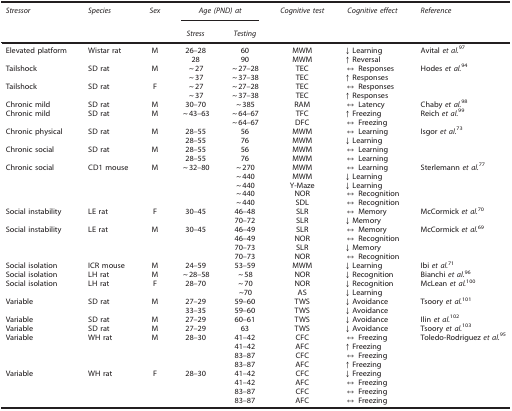
<table><thead><tr><td><b><i>Stressor</i></b></td><td><b><i>Species</i></b></td><td><b><i>Sex</i></b></td><td colspan="2"><b><i>Age (PND) at</i></b></td><td><b><i>Cognitive test</i></b></td><td><b><i>Cognitive effect</i></b></td><td><b><i>Reference</i></b></td></tr><tr><td><b> </b></td><td><b> </b></td><td><b> </b></td><td><b><i>Stress</i></b></td><td><b><i>Testing</i></b></td><td><b> </b></td><td><b> </b></td><td><b> </b></td></tr></thead><tbody><tr><td>Elevated platform</td><td>Wistar rat</td><td>M</td><td>26–28</td><td>60</td><td>MWM</td><td>↓ Learning</td><td>Avital <i>et al.</i><sup>97</sup></td></tr><tr><td> </td><td> </td><td> </td><td>28</td><td>90</td><td>MWM</td><td>↑ Reversal</td><td> </td></tr><tr><td>Tailshock</td><td>SD rat</td><td>M</td><td>~27</td><td>~27–28</td><td>TEC</td><td>↔ Responses</td><td>Hodes <i>et al.</i><sup>94</sup></td></tr><tr><td> </td><td> </td><td> </td><td>~37</td><td>~37–38</td><td>TEC</td><td>↑ Responses</td><td> </td></tr><tr><td>Tailshock</td><td>SD rat</td><td>F</td><td>~27</td><td>~27–28</td><td>TEC</td><td>↔ Responses</td><td> </td></tr><tr><td> </td><td> </td><td> </td><td>~37</td><td>~37–38</td><td>TEC</td><td>↑ Responses</td><td> </td></tr><tr><td>Chronic mild</td><td>SD rat</td><td>M</td><td>30–70</td><td>~385</td><td>RAM</td><td>↔ Latency</td><td>Chaby <i>et al.</i><sup>98</sup></td></tr><tr><td>Chronic mild</td><td>SD rat</td><td>M</td><td>~43–63</td><td>~64–67</td><td>TFC</td><td>↑ Freezing</td><td>Reich <i>et al.</i><sup>99</sup></td></tr><tr><td> </td><td> </td><td> </td><td> </td><td>~64–67</td><td>DFC</td><td>↔ Freezing</td><td> </td></tr><tr><td>Chronic physical</td><td>SD rat</td><td>M</td><td>28–55</td><td>56</td><td>MWM</td><td>↔ Learning</td><td>Isgor <i>et al.</i><sup>73</sup></td></tr><tr><td> </td><td> </td><td> </td><td>28–55</td><td>76</td><td>MWM</td><td>↓ Learning</td><td> </td></tr><tr><td>Chronic social</td><td>SD rat</td><td>M</td><td>28–55</td><td>56</td><td>MWM</td><td>↔ Learning</td><td> </td></tr><tr><td> </td><td> </td><td> </td><td>28–55</td><td>76</td><td>MWM</td><td>↔ Learning</td><td> </td></tr><tr><td>Chronic social</td><td>CD1 mouse</td><td>M</td><td>~32–80</td><td>~270</td><td>MWM</td><td>↔ Learning</td><td>Sterlemann <i>et al.</i><sup>77</sup></td></tr><tr><td> </td><td> </td><td> </td><td> </td><td>~440</td><td>MWM</td><td>↓ Learning</td><td> </td></tr><tr><td> </td><td> </td><td> </td><td> </td><td>~440</td><td>Y-Maze</td><td>↓ Learning</td><td> </td></tr><tr><td> </td><td> </td><td> </td><td> </td><td>~440</td><td>NOR</td><td>↔ Recognition</td><td> </td></tr><tr><td> </td><td> </td><td> </td><td> </td><td>~440</td><td>SDL</td><td>↔ Recognition</td><td> </td></tr><tr><td>Social instability</td><td>LE rat</td><td>F</td><td>30–45</td><td>46–48</td><td>SLR</td><td>↔ Memory</td><td>McCormick <i>et al.</i><sup>70</sup></td></tr><tr><td> </td><td> </td><td> </td><td> </td><td>70–72</td><td>SLR</td><td>↓ Memory</td><td> </td></tr><tr><td>Social instability</td><td>LE rat</td><td>M</td><td>30–45</td><td>46–49</td><td>SLR</td><td>↔ Memory</td><td>McCormick <i>et al.</i><sup>69</sup></td></tr><tr><td> </td><td> </td><td> </td><td> </td><td>46–49</td><td>NOR</td><td>↔ Recognition</td><td> </td></tr><tr><td> </td><td> </td><td> </td><td> </td><td>70–73</td><td>SLR</td><td>↓ Memory</td><td> </td></tr><tr><td> </td><td> </td><td> </td><td> </td><td>70–73</td><td>NOR</td><td>↔ Recognition</td><td> </td></tr><tr><td>Social isolation</td><td>ICR mouse</td><td>M</td><td>24–59</td><td>53–59</td><td>MWM</td><td>↓ Learning</td><td>Ibi <i>et al.</i><sup>71</sup></td></tr><tr><td>Social isolation</td><td>LH rat</td><td>M</td><td>~28–58</td><td>~58</td><td>NOR</td><td>↓ Recognition</td><td>Bianchi <i>et al.</i><sup>96</sup></td></tr><tr><td>Social isolation</td><td>LH rat</td><td>F</td><td>28–70</td><td>~70</td><td>NOR</td><td>↓ Recognition</td><td>McLean <i>et al.</i><sup>100</sup></td></tr><tr><td> </td><td> </td><td> </td><td> </td><td>~70</td><td>AS</td><td>↓ Learning</td><td> </td></tr><tr><td>Variable</td><td>SD rat</td><td>M</td><td>27–29</td><td>59–60</td><td>TWS</td><td>↓ Avoidance</td><td>Tsoory <i>et al.</i><sup>101</sup></td></tr><tr><td> </td><td> </td><td> </td><td>33–35</td><td>59–60</td><td>TWS</td><td>↓ Avoidance</td><td> </td></tr><tr><td>Variable</td><td>SD rat</td><td>M</td><td>27–29</td><td>60–61</td><td>TWS</td><td>↓ Avoidance</td><td>Ilin <i>et al.</i><sup>102</sup></td></tr><tr><td>Variable</td><td>SD rat</td><td>M</td><td>27–29</td><td>63</td><td>TWS</td><td>↓ Avoidance</td><td>Tsoory <i>et al.</i><sup>103</sup></td></tr><tr><td>Variable</td><td>WH rat</td><td>M</td><td>28–30</td><td>41–42</td><td>CFC</td><td>↔ Freezing</td><td>Toledo-Rodriguez <i>et al.</i><sup>95</sup></td></tr><tr><td> </td><td> </td><td> </td><td> </td><td>41–42</td><td>AFC</td><td>↑ Freezing</td><td> </td></tr><tr><td> </td><td> </td><td> </td><td> </td><td>83–87</td><td>CFC</td><td>↔ Freezing</td><td> </td></tr><tr><td> </td><td> </td><td> </td><td> </td><td>83–87</td><td>AFC</td><td>↑ Freezing</td><td> </td></tr><tr><td>Variable</td><td>WH rat</td><td>F</td><td>28–30</td><td>41–42</td><td>CFC</td><td>↓ Freezing</td><td> </td></tr><tr><td> </td><td> </td><td> </td><td> </td><td>41–42</td><td>AFC</td><td>↔ Freezing</td><td> </td></tr><tr><td> </td><td> </td><td> </td><td> </td><td>83–87</td><td>CFC</td><td>↔ Freezing</td><td> </td></tr><tr><td> </td><td> </td><td> </td><td> </td><td>83–87</td><td>AFC</td><td>↔ Freezing</td><td> </td></tr></tbody></table>